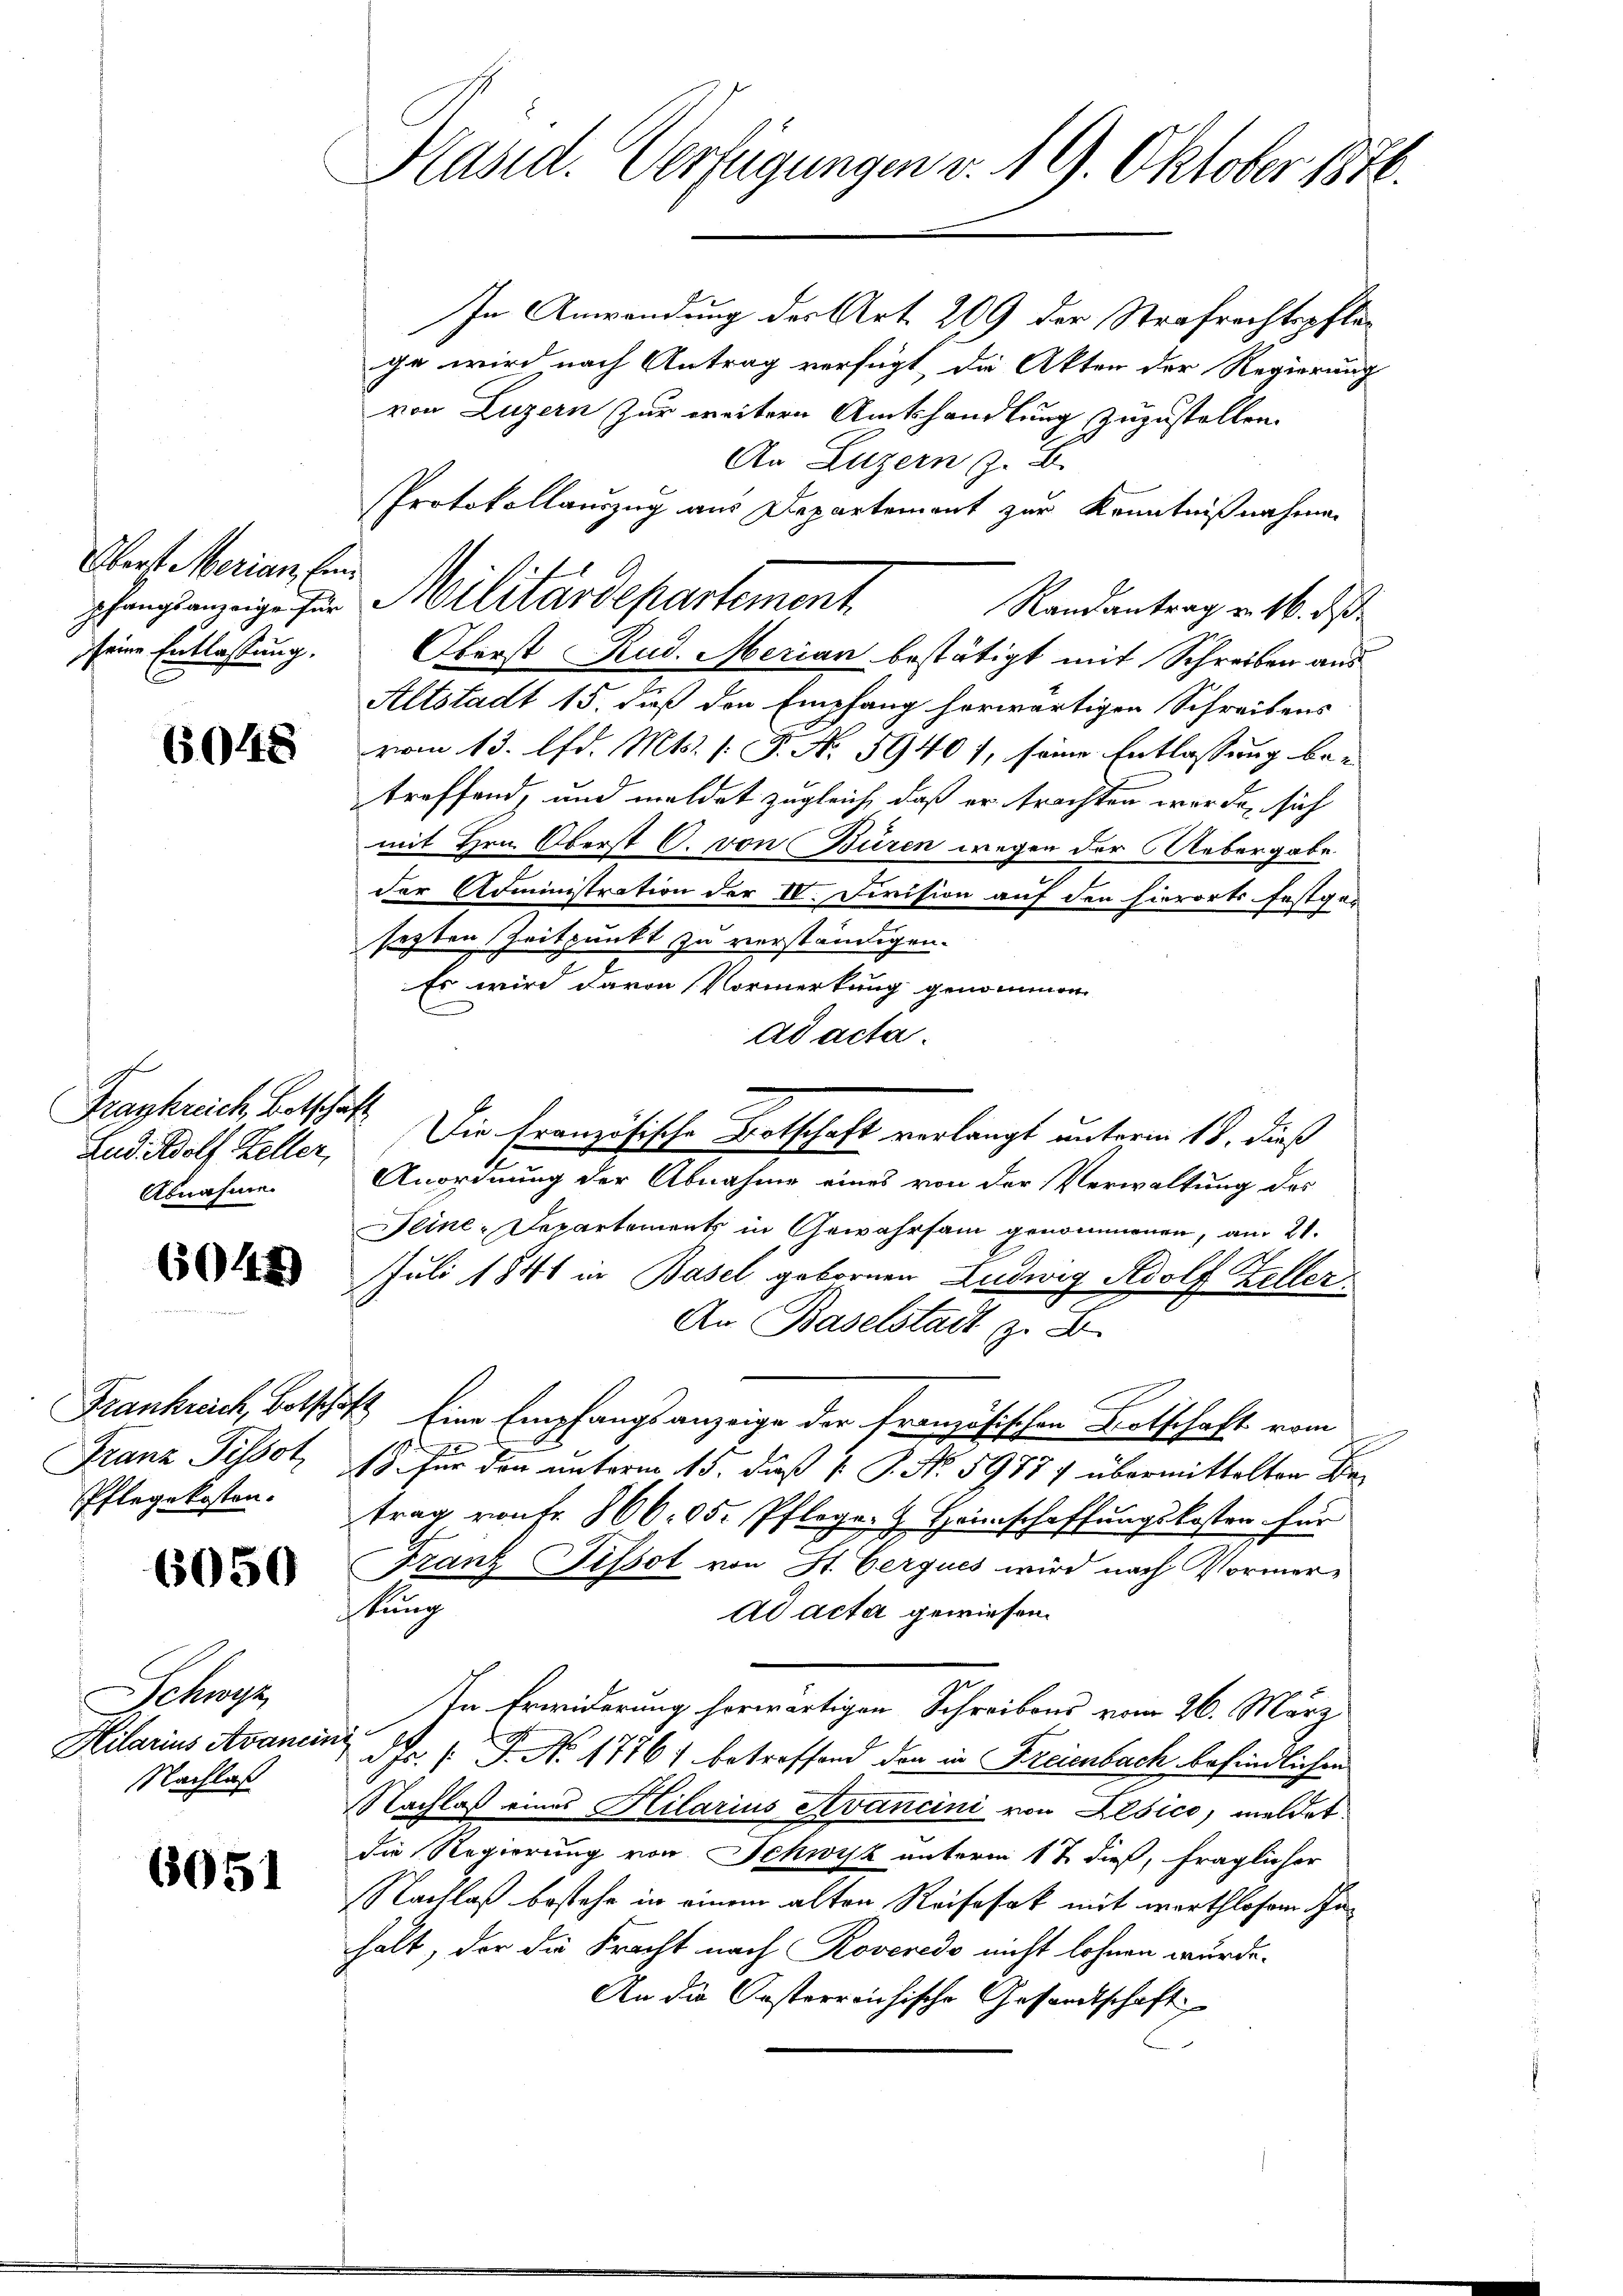
Oberst Merian, Einseine Entlassung.

6048

Frankreich, Botschaft
Lud. Adolf Keller,
Abnahme.

6044)

Frankreich, Bots
Franz Pissot
Pflegekosten.

6050

Schwyz
Hilarius Avance.
Nachlaß

6051

Präsid. Verfügungen v. 19. Oktober 1876.

In Anwendung der Art. 209 der Strafrechtspflege wird nach Antrag verfügt, die Akten der Regierung
von Luzern zur weitern Amtshandlung zuzustellen.
An Luzern z. B.
PProtokollauszug aus Departement zur Kenntnißnahmen
hangsanzeige für Militärdepartement.
Randantrag u. 16. ds.
Oberst Rud. Merian bestätigt mit Schreiben aus
Altstadt 15. dieß den Empfang herwärtigen Schreibens
vom 13. d. Mts. (T. N. 5940/, seine Entlassung betreffend, und meldet zugleich, daß er trachten werde, sich
mit Hrn. Oberst C. von Büren wegen der Uebergabe.
der Administration der IV. Division auf den hierorts festger
sezten Zeitpunkt zu verständigen.
Es wird davon Vormerkung genommen.
ad acta
Anordnung der Abnahme eines von der Verwaltung des
Seine-Departements in Gewahrsam genommenen, am 21.
Juli 1841 in Basel gebornen Ludwig Adolf Zeller¬
An Baselstadt z. B.
 Eine Empfangsanzeige der französischen Botschaft vom
.
19 für den unterm 15. daß [ P. No 59877 übermittelten Betrag vontr. 86005. Pflege, & Heimschaffungskosten für
Franz Pissot von St. Gerques wird nach Vormerstung
ad acta gewiesen.
In Erwiderung herwärtigen Schreibens vom 26. März
dr. s. f. No 1776) betreffend den in Freienbach befindlichen
Nachlaß eines Hilarius Avancini von Risico, meldet
die Regierung von Schwyz unterm 1 t dieß, fraglicher
Nachlaß bestehe in einem alten Reifesat mit morthlosem Inhält, der die Fracht nach Roveredo nicht lohnen wurde.
An die Posterreichische Gesandtschaft

Die Französische Botschaft verlangt unterm 18. dieß